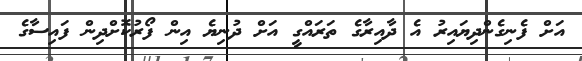
އަށް ފެނިގެންދިޔައިރު އެ ދާއިރާގެ ތަރައްގީ އަށް ދުނިޔެ އިން ފޯރުކޮށްދިން ފައިސާގެ